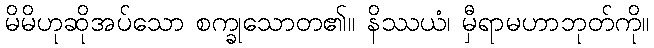
မိမိဟုဆိုအပ်သော စက္ခုသောတ၏။ နိဿယံ၊ မှီရာမဟာဘုတ်ကို။